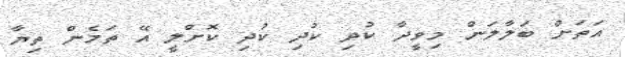
އަތަށް ބަލާލަން މިވީދާ ކުދި ކުދި ކުދި ކޮށްލީ އޭ ތަމެން ތިޔާ